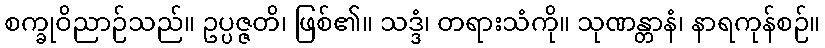
စက္ခုဝိညာဉ်သည်။ ဥပ္ပဇ္ဇတိ၊ ဖြစ်၏။ သဒ္ဒံ၊ တရားသံကို။ သုဏန္တာနံ၊ နာရကုန်စဉ်။